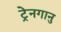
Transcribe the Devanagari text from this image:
ट्रेनगानु